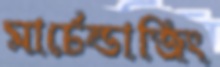
মার্চেন্ডাজিং